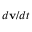
d \mathbf { v } / d t